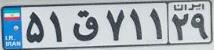
۵۱ق۷۱۱۲۹